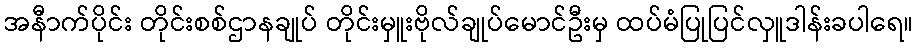
အနီာက်ပိုင်း တိုင်းစစ်ဌာနချုပ် တိုင်းမှူးဗိုလ်ချုပ်မောင်ဦးမှ ထပ်မံပြုပြင်လှူဒါန်းခပါရေ။